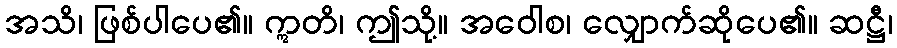
အသိ၊ ဖြစ်ပါပေ၏။ ဣတိ၊ ဤသို့။ အဝေါစ၊ လျှောက်ဆိုပေ၏။ ဆဋ္ဌီ၊